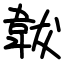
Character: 韍